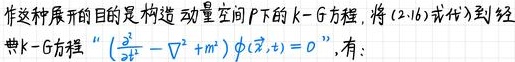
作这种展开的目的是构造动量空间$P$下的$k - G$方程, 将$(2.16)$式代入到经典$k - G$方程 “$(\frac{\partial^{2}}{\partial t^{2}}-\nabla^{2}+m^{2})\phi(\vec{x},t)=0$”, 有: